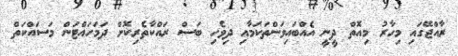
ރާއްޖޭގައި މިހާރު މިއޮތް ދީނީ އެއްބައިވަންތަކަމާއި ދިވެހި ބަސް ރައްކާތެރިކޮށް ދަމަހައްޓަން މަސައްކަތް